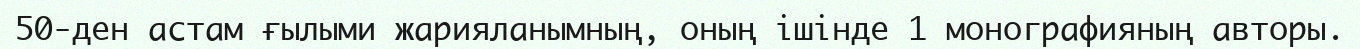
50-ден астам ғылыми жарияланымның, оның ішінде 1 монографияның авторы.